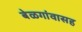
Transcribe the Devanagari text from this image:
बेळगांवासह